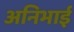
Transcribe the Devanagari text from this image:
अनिभाई